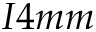
I 4 m m